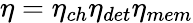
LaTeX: \eta=\eta_{ch}\eta_{det}\eta_{mem}